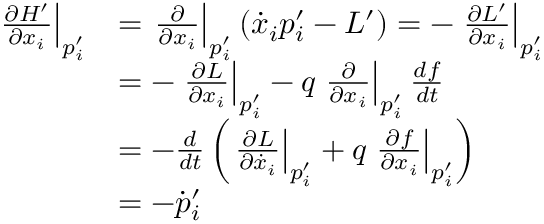
{ \begin{array} { r l } { \left. { \frac { \partial H ^ { \prime } } { \partial { x _ { i } } } } \right| _ { p _ { i } ^ { \prime } } } & { = \left. { \frac { \partial } { \partial { x _ { i } } } } \right| _ { p _ { i } ^ { \prime } } ( { \dot { x } } _ { i } p _ { i } ^ { \prime } - L ^ { \prime } ) = - \left. { \frac { \partial L ^ { \prime } } { \partial { x _ { i } } } } \right| _ { p _ { i } ^ { \prime } } } \\ & { = - \left. { \frac { \partial L } { \partial { x _ { i } } } } \right| _ { p _ { i } ^ { \prime } } - q \left. { \frac { \partial } { \partial { x _ { i } } } } \right| _ { p _ { i } ^ { \prime } } { \frac { d f } { d t } } } \\ & { = - { \frac { d } { d t } } \left( \left. { \frac { \partial L } { \partial { { \dot { x } } _ { i } } } } \right| _ { p _ { i } ^ { \prime } } + q \left. { \frac { \partial f } { \partial { x _ { i } } } } \right| _ { p _ { i } ^ { \prime } } \right) } \\ & { = - { \dot { p } } _ { i } ^ { \prime } } \end{array} }